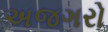
અજગરો